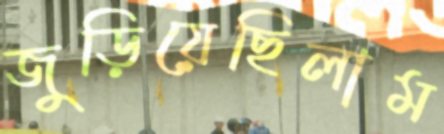
জুড়িয়েছিলাম